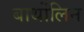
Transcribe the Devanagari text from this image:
बार्थोलिन